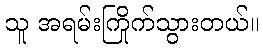
သူ အရမ်းကြိုက်သွားတယ်။